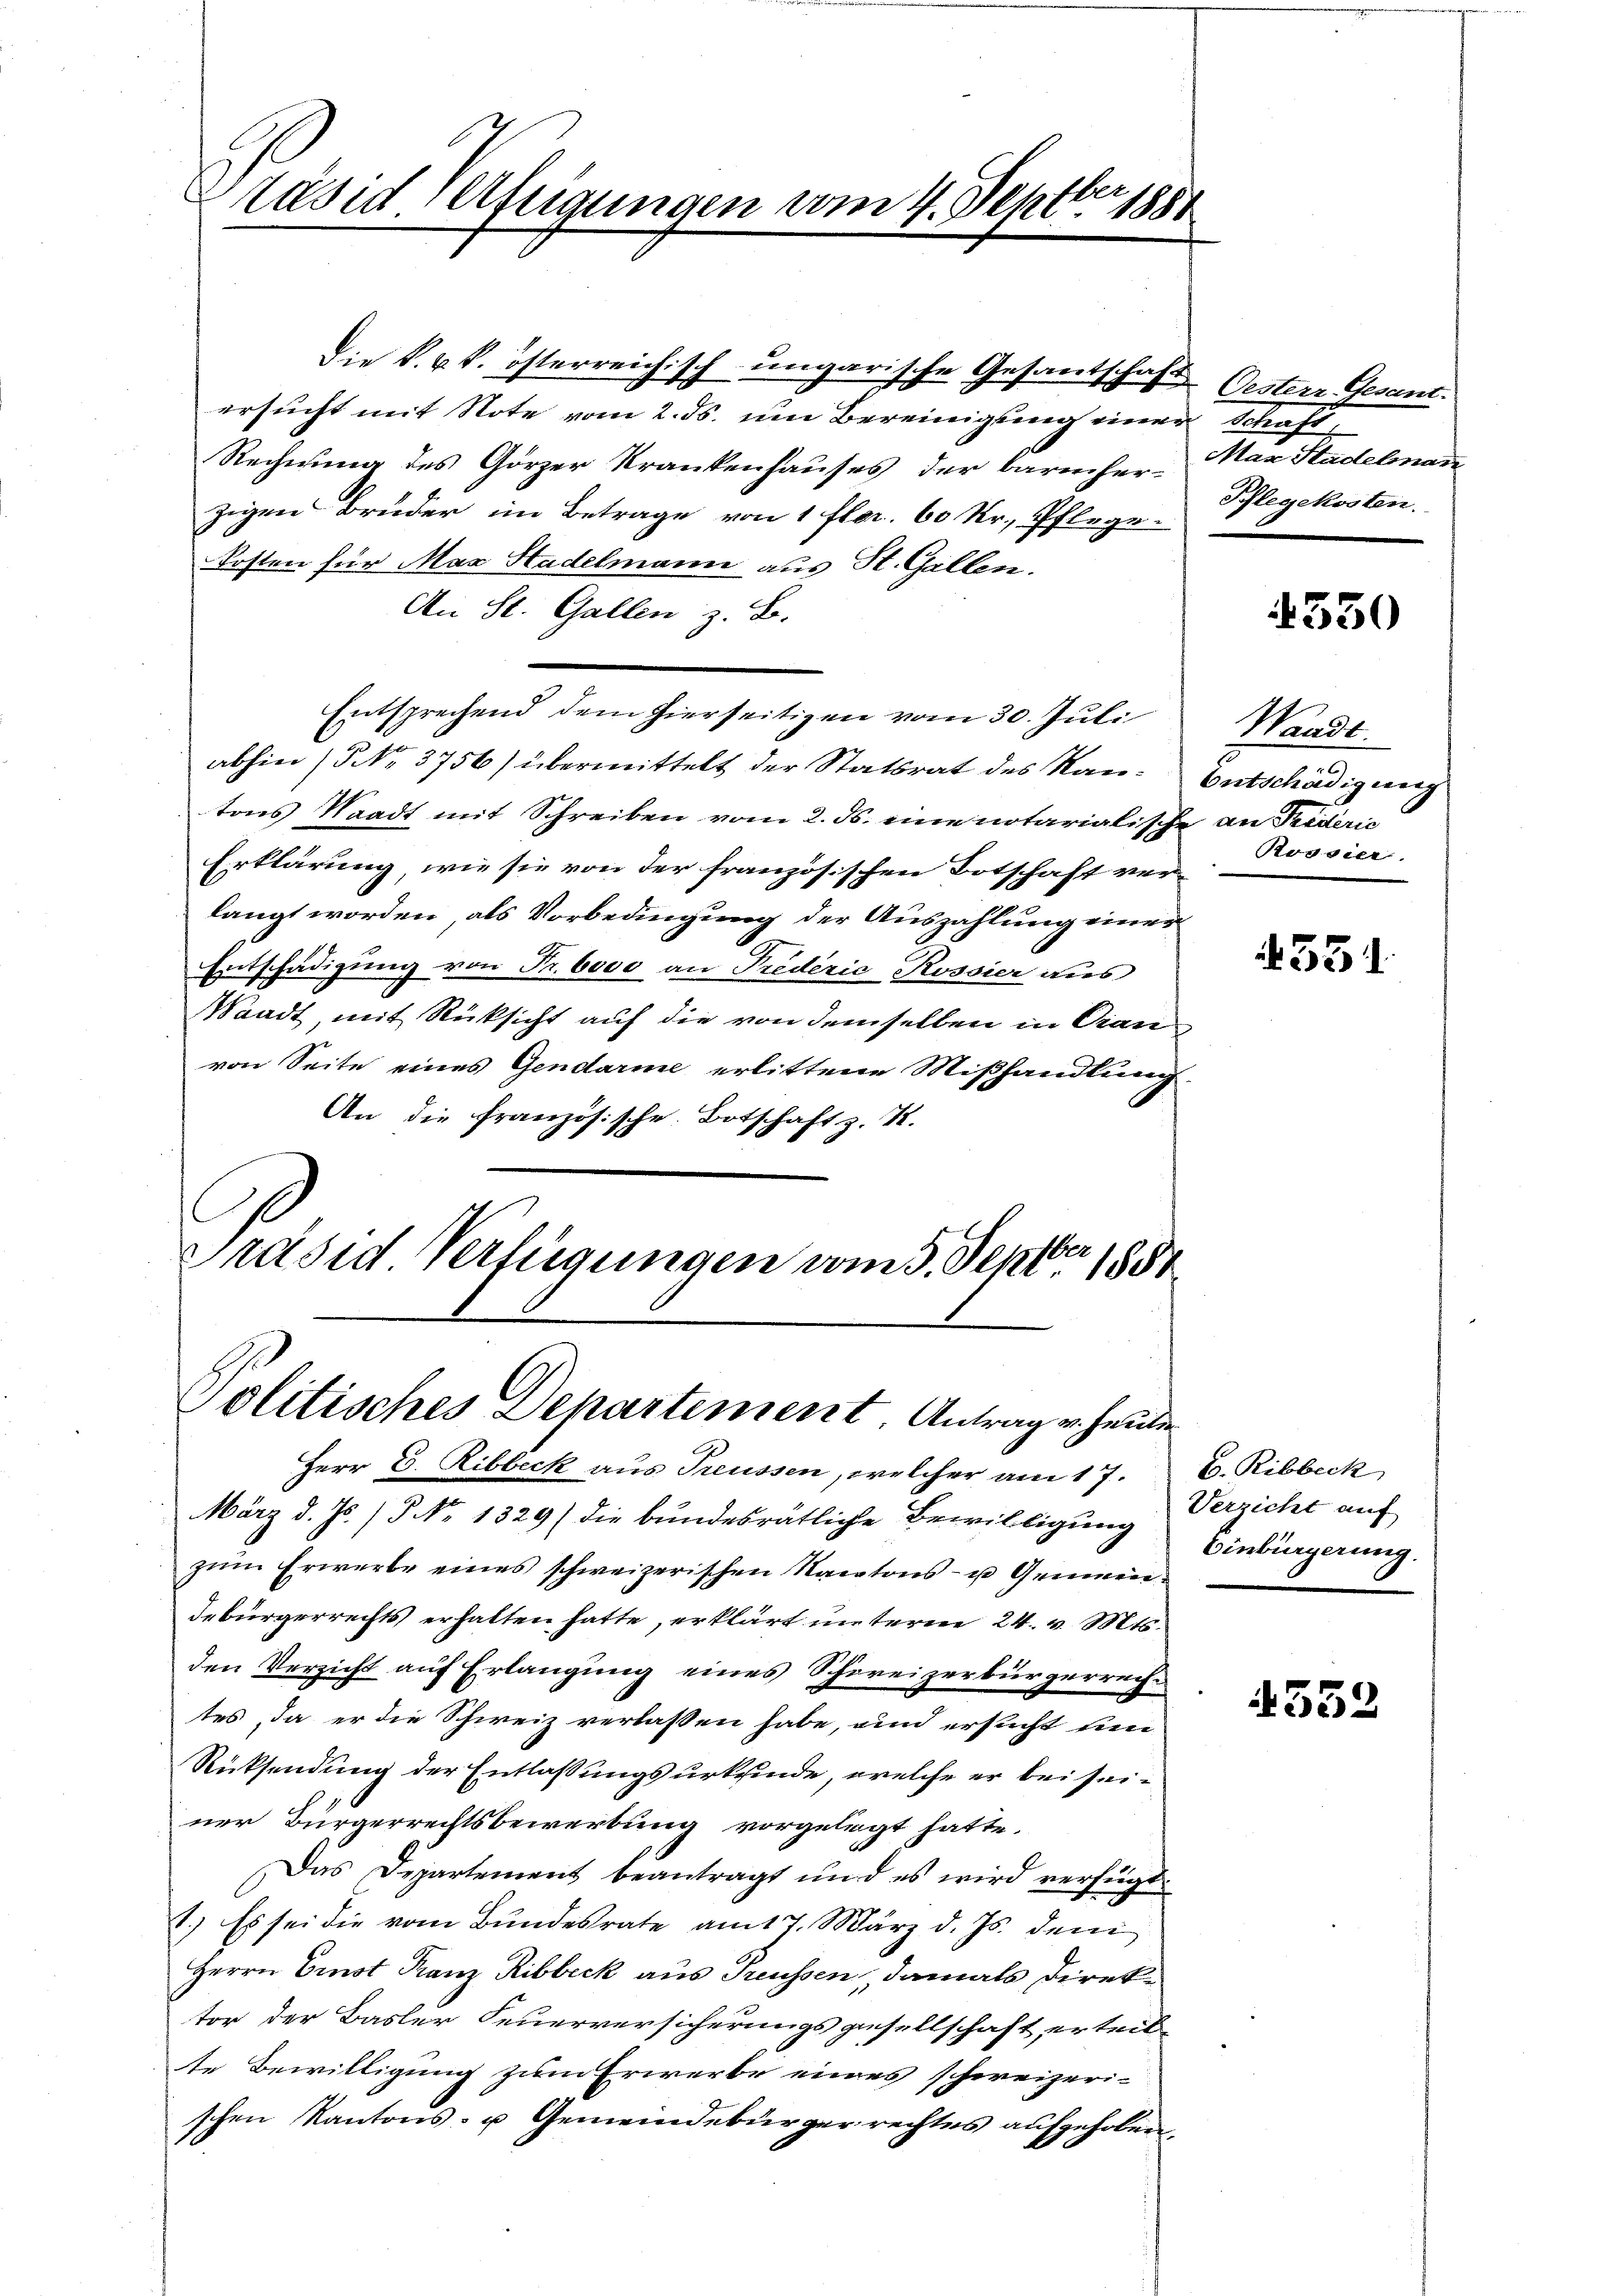
Präsid Verfeigungen vom 4. Septbr. 1881

Die k. k. k. österreichisch ungarische Gesandschaft Oestern Gesant.
ersucht mit Note vom 2. ds. um Bereinigung einer Schaft,
Rechnung des Görzer Krankenhauses der barmher-
zigen Bruder im Betrage von 1 flor. 60 Kr., Pflege¬
Kosten für Max Stadelmann aus St. Gallen.
An St. Gallen z. B.
Entsprechend dem hierseitigen vom 30. Juli
abhin (5 No 3756) übermittelt der Statsrat des Kantons Waadt mit Schreiben vom 2. ds. eine notarialische an Trideric
Erklärung, wie sie von der französischen Botschaft ver-
langt worden, als Vorbedingung der Auszahlung einer
Entschädigung von Fr. 6000 an Predérić Rossier aus
Waadt, mit Rücksicht auf die von demselben in Dianvon Seite eines Gendarme erlittene Mißhandlung
An die Französische Botschaft z. Z.
Präsid Verfügungen vom 5. Septbr 1881

Politisches Departement Antrag u. heute

Herr C. Ribbeck aus Treussen, welcher am 17. C. Ribbeck
März d. Js. /5 No 1329) die bundesrätliche Bewilligung Verzicht auf
zŭm Erwerbe eines schweizerischen Natons- u Gemein
debürgerrechts erhalten hatte, erklärt unterm 24. v. Mts.
den Verzicht auf Erlangung eines Schweizerbürgerrecht
tes, da er die Schweiz verlassen habe, und ersucht den
Rücksendung der Entlassungsurkunde, welche er bei seiner Bürgerrechtsbewerbung vorgelegt hatte.
Das Departement beantragt und es wird verfügt
1.) Es sei die vom Bundesrate am 17. März d. Js. dem
Herrn Einst Franz Ribbeck aus Preussen, damals Direktor der Basler Feuerversicherungsgesellschaft erteil-
te Bewilligung zum Erwerbe eines schweizeri-
schen Kantons- u Gemeindebürger rechtes aufgehoben.

Max Stadelmann
Schlegekosten.

4550

Waadt.
Entschädigung
Rossier.

551.

Einbürgerung.

552